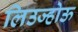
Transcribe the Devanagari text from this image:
लिउज्होऊ